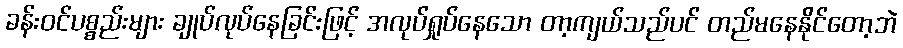
ခန်းဝင်ပစ္စည်းများ ချုပ်လုပ်နေခြင်းဖြင့် အလုပ်ရှုပ်နေသော တာ့ကျယ်သည်ပင် တည်မနေနိုင်တော့ဘဲ